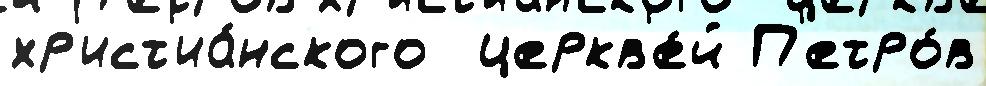
хр'ист'иа́нского  церкв'е́й П'етро́в